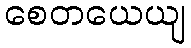
စေတယေယျ